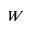
W